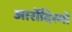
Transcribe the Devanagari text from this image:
आरोंदिस्मों